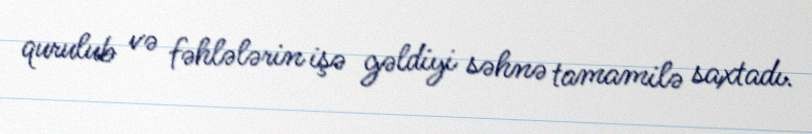
qurulub və fəhlələrin işə gəldiyi səhnə tamamilə saxtadı.